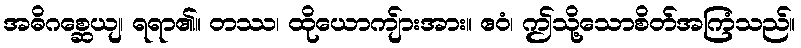
အဓိဂစ္ဆေယျ၊ ရရာ၏။ တဿ၊ ထိုယောကျ်ားအား။ ဧဝံ၊ ဤသို့သောစိတ်အကြံသည်။